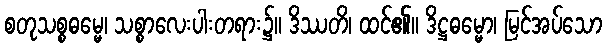
စတုသစ္စဓမ္မေ၊ သစ္စာလေးပါးတရား၌။ ဒိဿတိ၊ ထင်၏။ ဒိဋ္ဌဓမ္မော၊ မြင်အပ်သော